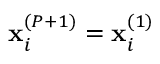
\mathbf { x } _ { i } ^ { ( P + 1 ) } = \mathbf { x } _ { i } ^ { ( 1 ) }